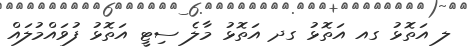
ލ އަތޮޅު ގއ އަތޮޅު ގދ އަތޮޅު މާލެ ސިޓީ އަތޮޅު ފުވައްމުލައް